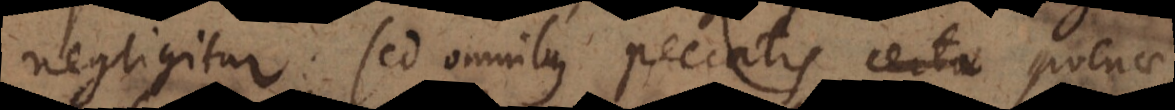
negligitur: sed omnibus peccatis poenae,